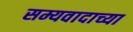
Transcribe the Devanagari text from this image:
सम्यवादाच्या